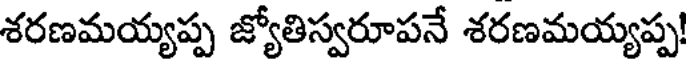
శరణమయ్యప్ప జ్యోతిస్వరూపనే శరణమయ్యప్ప!